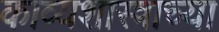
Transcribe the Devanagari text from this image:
काव्यशास्त्राच्या